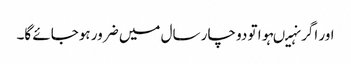
اور اگر نہیںہوا تو دو چار سال میں ضرور ہوجائے گا۔